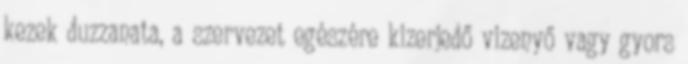
kezek duzzanata, a szervezet egészére kizerjedő vizenyő vagy gyors